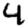
Digit: 4